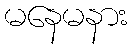
မနေမနား